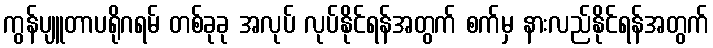
ကွန်ပျူတာပရိုဂရမ် တစ်ခုခု အလုပ် လုပ်နိုင်ရန်အတွက် စက်မှ နားလည်နိုင်ရန်အတွက်